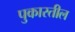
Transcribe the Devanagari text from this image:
पुकारतील